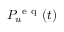
P _ { u } ^ { \mathrm { ~ e ~ q ~ } } ( t )